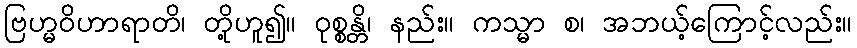
ဗြဟ္မဝိဟာရာတိ၊ တို့ဟူ၍။ ဝုစ္စန္တိ၊ နည်း။ ကသ္မာ စ၊ အဘယ့်ကြောင့်လည်း။